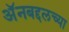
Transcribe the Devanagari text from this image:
अॅनबद्दलच्या